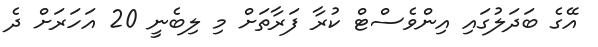
އޭގެ ބަދަލުގައި އިންވެސްޓް ކުރާ ފަރާތަށް މި ލިބެނީ 20 އަހަރަށް ދެ